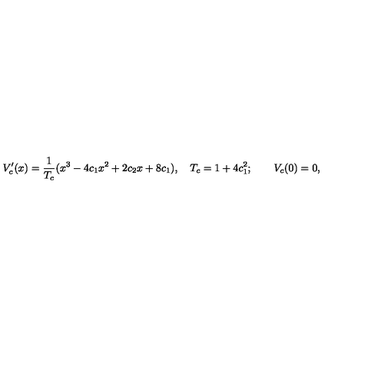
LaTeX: V _ { c } ^ { \prime } ( x ) = \frac { 1 } { T _ { c } } ( x ^ { 3 } - 4 c _ { 1 } x ^ { 2 } + 2 c _ { 2 } x + 8 c _ { 1 } ) , \quad T _ { c } = 1 + 4 c _ { 1 } ^ { 2 } ; \qquad V _ { c } ( 0 ) = 0 ,